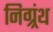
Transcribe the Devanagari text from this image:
निग्र्रंथ